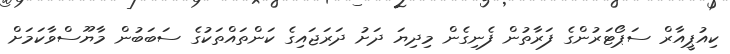
ކިއުޕީއާރް ސަޕޯޓަރުންގެ ފަރާތުން ފެނިގެން މިދިޔަ ދަށު ދަރަޖައިގެ ކަންތައްތަކުގެ ސަބަބުން މާޔޫސްވާކަމަށް